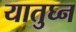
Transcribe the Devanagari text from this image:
यातुघ्न